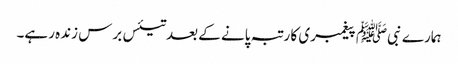
ہمارے نبیﷺ پیغمبری کا رتبہ پانے کے بعد تیئس برس زندہ رہے۔